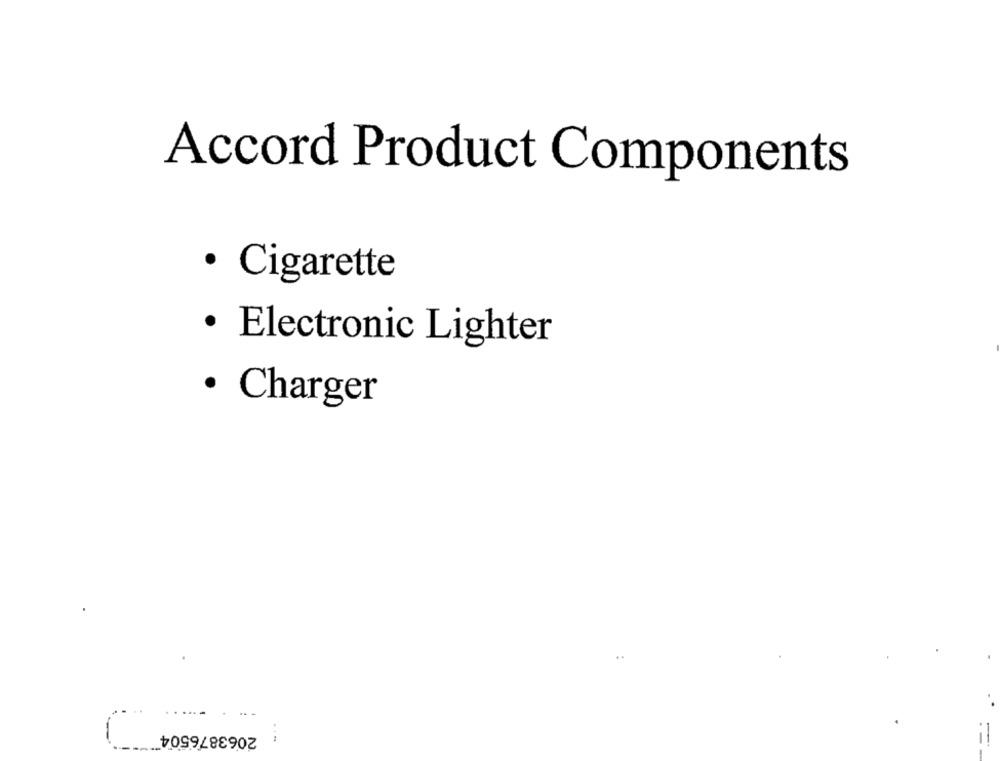
Accord Product Components
· Cigarette
· Electronic Lighter
· Charger
.....
2063876504